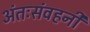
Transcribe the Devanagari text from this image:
अंतःसंवहनी